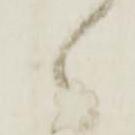
々